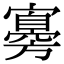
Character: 㝰